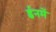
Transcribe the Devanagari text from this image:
ईनमें